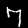
Label: 7